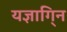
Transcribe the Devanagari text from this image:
यज्ञागि्न